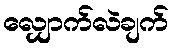
လျှောက်လဲချက်